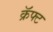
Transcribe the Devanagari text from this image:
क्रॅफ्ट